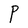
Character: P